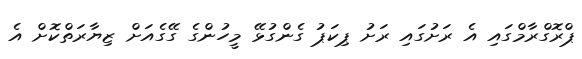
ޕްރޮގްރާމްގައި އެ ރަށުގައި ރަށު ޕިކަޕު ގެންގުޅޭ މީހުންގެ ގޭގެއަށް ޒިޔާރަތްކޮށް އެ